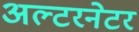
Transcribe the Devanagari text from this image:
अल्‍टरनेटर